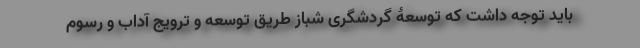
باید توجه داشت که توسعۀ گردشگری شباز طریق توسعه و ترویج آداب ‌و رسوم